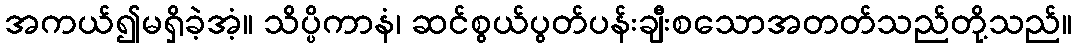
အကယ်၍မရှိခဲ့အံ့။ သိပ္ပိကာနံ၊ ဆင်စွယ်ပွတ်ပန်းချီးစသောအတတ်သည်တို့သည်။